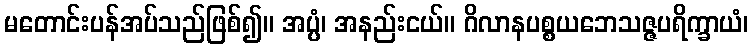
မတောင်းပန်အပ်သည်ဖြစ်၍။ အပ္ပံ၊ အနည်းငယ်။ ဂိလာနပစ္စယဘေသဇ္ဇပရိက္ခာယံ၊